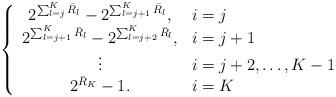
LaTeX: \begin{align*} \left\{\begin{array} {cl}2^{\sum_{l=j}^K\bar R_l}-2^{\sum_{l=j+1}^K\bar R_l}, & i=j\\2^{\sum_{l=j+1}^K\bar R_l}-2^{\sum_{l=j+2}^K\bar R_l}, & i=j+1\\\vdots & i=j+2,\ldots,K-1\\2^{\bar R_K}-1. & i=K\end{array}\right. \end{align*}